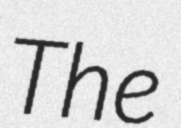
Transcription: The